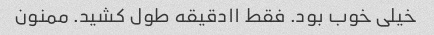
خیلی خوب بود. فقط ۱۱دقیقه طول کشید. ممنون